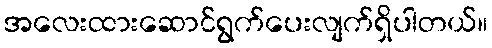
အလေးထားဆောင်ရွက်ပေးလျက်ရှိပါတယ်။